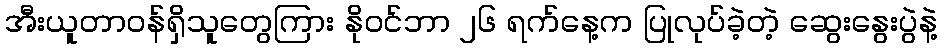
အီးယူတာဝန်ရှိသူတွေကြား နိုဝင်ဘာ ၂၆ ရက်နေ့က ပြုလုပ်ခဲ့တဲ့ ဆွေးနွေးပွဲနဲ့